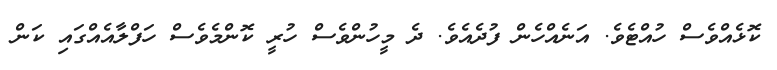
ކޮޅެއްވެސް ހުއްޓެވެ. އަނެއްހެން ފުދެއެވެ. ދެ މީހުންވެސް ހުރީ ކޮންމެވެސް ހަފްލާއެއްގައި ކަން